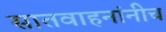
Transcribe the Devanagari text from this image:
सातवाहनांनीच